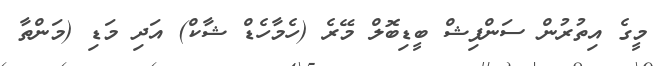
މީގެ އިތުރުން ސަންފިޝް ބީޑިބޮލް މޭރެ (ހެމާހެޑް ޝާކް) އަދި މަޑި (މަންތާ